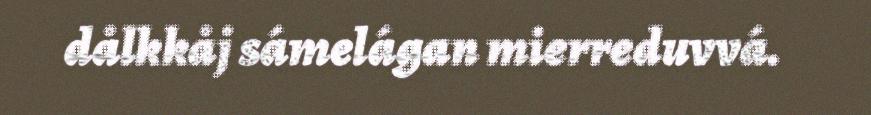
dålkkåj sámelágan mierreduvvá.